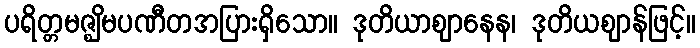
ပရိတ္တမဇ္ဈိမပဏီတအပြားရှိသော။ ဒုတိယာဈာနေန၊ ဒုတိယဈာန်ဖြင့်။